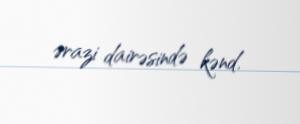
ərazi dairəsində kənd.